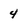
Character: 4